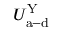
U _ { \mathrm { a - d } } ^ { \mathrm { Y } }